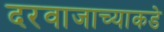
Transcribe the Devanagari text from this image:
दरवाजाच्याकडे